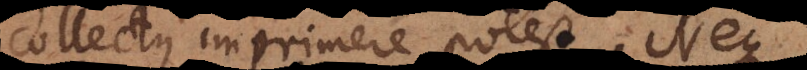
collectus imprimere potest. Neque